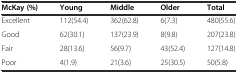
| McKay (%) | Young | Middle | Older | Total |
 | --- | --- | --- | --- | --- |
 | Excellent | 112(54.4) | 362(62.8) | 6(7.3) | 480(55.6) |
 | Good | 62(30.1) | 137(23.9) | 8(9.8) | 207(23.8) |
 | Fair | 28(13.6) | 56(9.7) | 43(52.4) | 127(14.8) |
 | Poor | 4(1.9) | 21(3.6) | 25(30.5) | 50(5.8) |